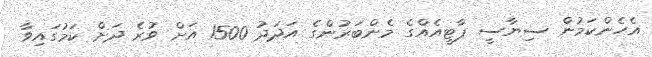
އެހެންކަމުން ސިޔާސީ ޕާޓީއެއްގެ މެންބަރުންގެ އަދަދު 1500 އަށް ވުރެ ދަށް ކަމުގައިވާ